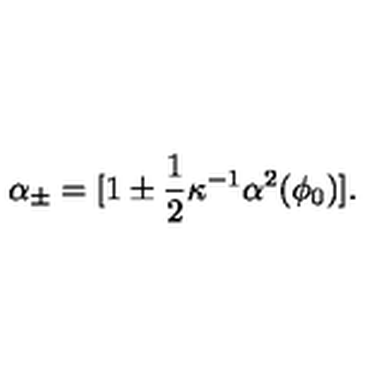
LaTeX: \alpha _ { \pm } = [ 1 \pm \frac { 1 } { 2 } \kappa ^ { - 1 } \alpha ^ { 2 } ( \phi _ { 0 } ) ] .